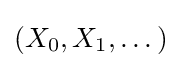
(X_{0},X_{1},\dots )